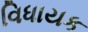
વિધાયક